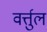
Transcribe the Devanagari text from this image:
वर्त्तुल